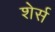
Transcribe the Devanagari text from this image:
शेर्स